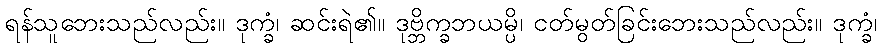
ရန်သူဘေးသည်လည်း။ ဒုက္ခံ၊ ဆင်းရဲ၏။ ဒုဗ္ဘိက္ခဘယမ္ပိ၊ ငတ်မွတ်ခြင်းဘေးသည်လည်း။ ဒုက္ခံ၊